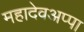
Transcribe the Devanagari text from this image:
महादेवअप्पा